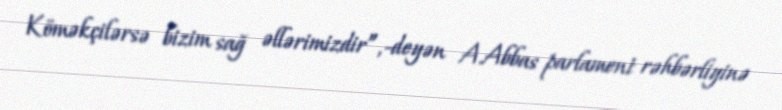
Köməkçilərsə bizim sağ əllərimizdir”,-deyən A.Abbas parlament rəhbərliyinə